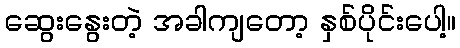
ဆွေးနွေးတဲ့ အခါကျတော့ နှစ်ပိုင်းပေါ့။